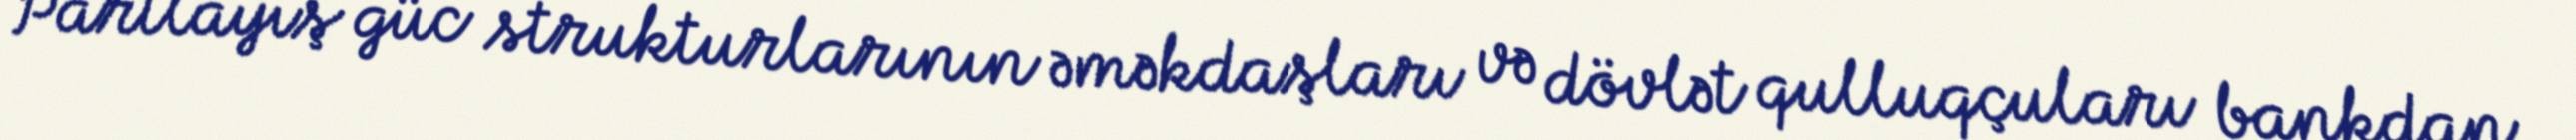
Partlayış güc strukturlarının əməkdaşları və dövlət qulluqçuları bankdan